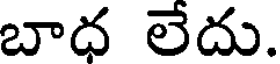
బాధ లేదు.